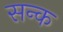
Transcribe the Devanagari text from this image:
सन्क